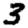
Digit: 3